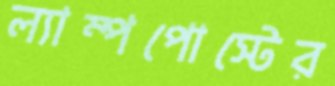
ল্যাম্পপোস্টের